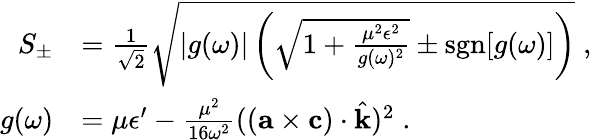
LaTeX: \begin{array}{rl}{S_{\pm}}&{=\frac{1}{\sqrt{2}}\sqrt{|g(\omega)|\left(\sqrt{1+\frac{\mu^{2}\epsilon^{2}}{g(\omega)^{2}}}\pm\mathrm{sgn}[g(\omega)]\right)}\; ,}\\ {g(\omega)}&{=\mu\epsilon^{\prime}-\frac{\mu^{2}}{16\omega^{2}}(({\mathbf{a}}\times{\mathbf{c}})\cdot\hat{\mathbf{k}})^{2}\; .}\end{array}